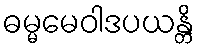
ဓမ္မမေဝါဒပယန္တိ